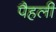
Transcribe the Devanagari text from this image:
पैहली